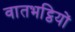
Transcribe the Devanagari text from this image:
वातभट्ठियों